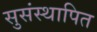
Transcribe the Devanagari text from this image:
सुसंस्थापित